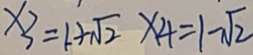
x _ { 3 } = 1 + \sqrt { 2 } x 4 = 1 - \sqrt { 2 }